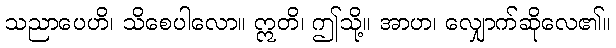
သညာပေဟိ၊ သိစေပါလော။ ဣတိ၊ ဤသို့။ အာဟ၊ လျှောက်ဆိုလေ၏။